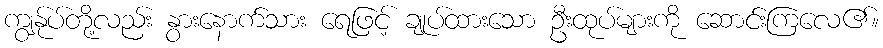
ကျွန်ုပ်တို့လည်း နွားနောက်သား ရေဖြင့် ချုပ်ထားသော ဦးထုပ်များကို ဆောင်းကြလေ၏။